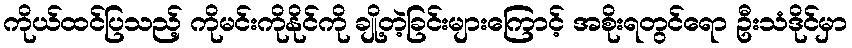
ကိုယ်ထင်ပြသည့် ကိုမင်းကိုနိုင်ကို ချို့တဲ့ခြင်းများကြောင့် အစိုးရတွင်ရော ဦးသံဒိုင်မှာ